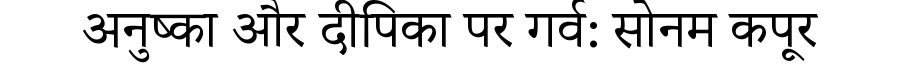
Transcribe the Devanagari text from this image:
अनुष्का और दीपिका पर गर्व: सोनम कपूर